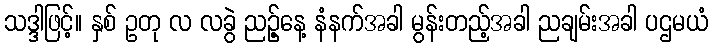
သဒ္ဒါဖြင့်။ နှစ် ဥတု လ လခွဲ ညဉ့်နေ့ နံနက်အခါ မွန်းတည့်အခါ ညချမ်းအခါ ပဌမယံ